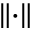
\lVert \cdot \rVert